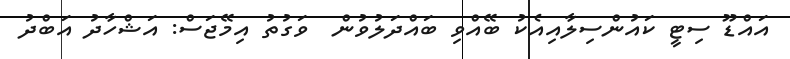
އައްޑޫ ސިޓީ ކައުންސިލާއިއެކު ބޭއްވި ބައްދަލުވުން  ވަގުތު އިމޭޖަސް: އަޝްހާދު އަބްދު